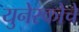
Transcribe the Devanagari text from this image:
युनेस्‍कोचे